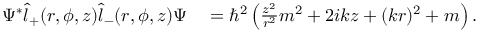
\begin{array} { r l } { \Psi ^ { * } \hat { l } _ { + } ( r , \phi , z ) \hat { l } _ { - } ( r , \phi , z ) \Psi } & { { } = \hbar ^ { 2 } \left( \frac { z ^ { 2 } } { r ^ { 2 } } m ^ { 2 } + 2 i k z + ( k r ) ^ { 2 } + m \right) . } \end{array}